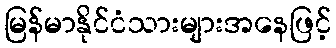
မြန်မာနိုင်ငံသားများအနေဖြင့်